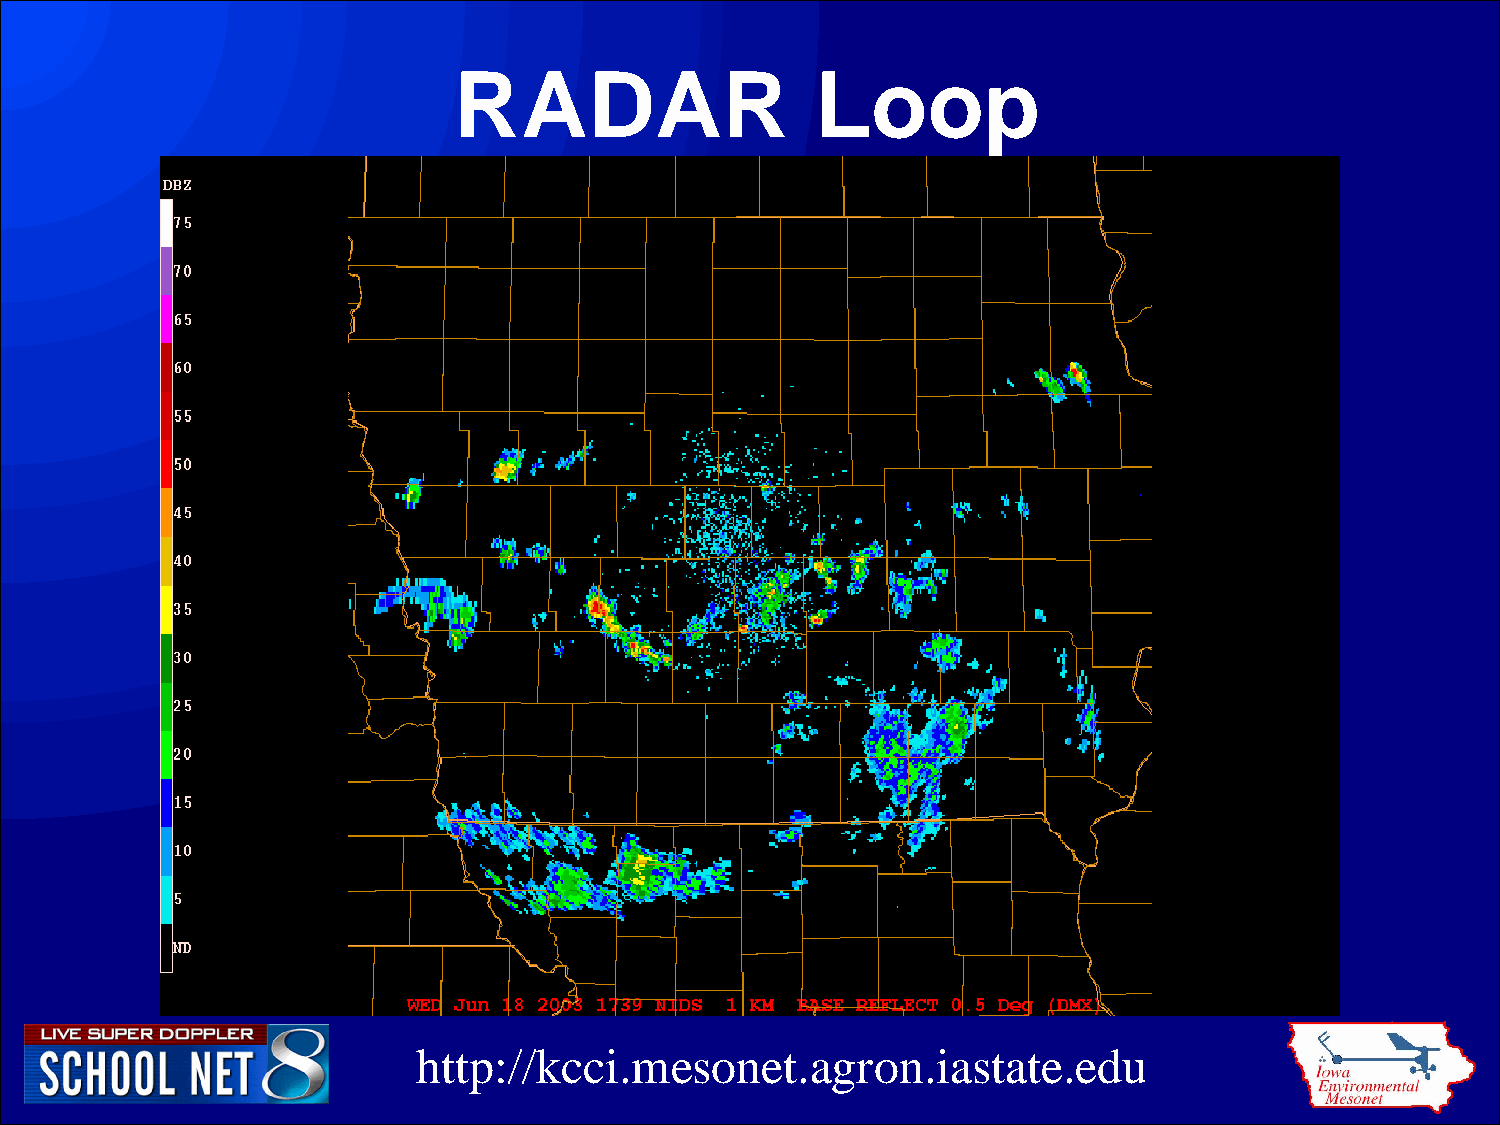
RADAR                   Loop
 http://kcci.mesonet.agron.iastate.edu